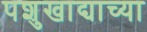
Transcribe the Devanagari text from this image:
पशुखाद्याच्या